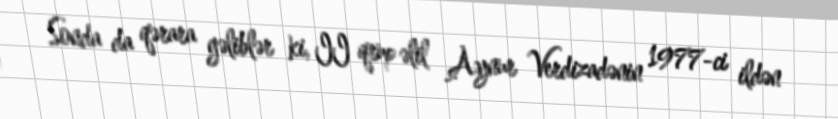
Sonda da qərara gəliblər ki, II qrup əlil Aynur Verdizadənin 1977-ci ildən